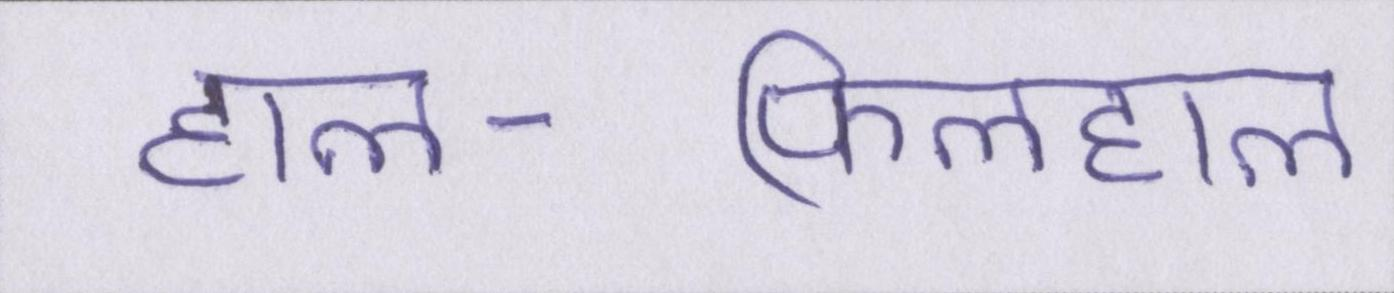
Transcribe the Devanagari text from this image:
हाल-फिलहाल